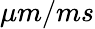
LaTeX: \mu m/ms